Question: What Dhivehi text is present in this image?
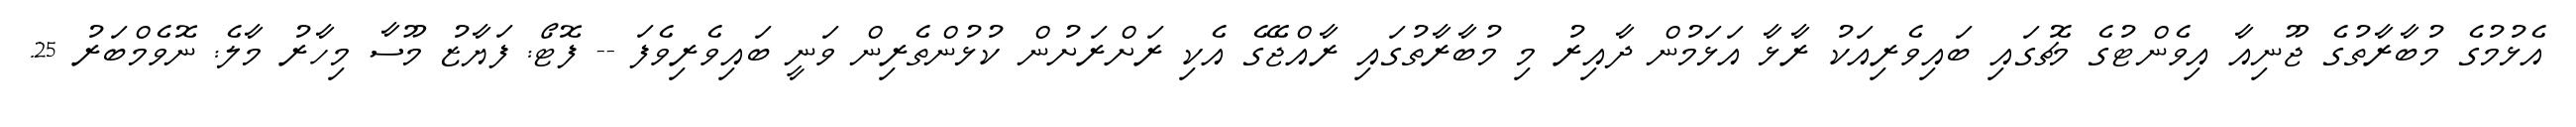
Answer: އެޅުމުގެ މުބާރާތުގެ ޖޫނިއާ އިވެންޓުގެ މެޗުގައި ބައިވެރިއަކު ރާޅާ އަޅަމުން ދާއިރު މި މުބާރާތުގައި ރާއްޖޭގެ އެކި ރަށްރަށުން ކުޅުންތެރިން ވަނީ ބައިވެރިވެފަ -- ފޮޓޯ: ފަޔާޒު މޫސާ މިހާރު މާލެ: ނޮވެމްބަރު 25.